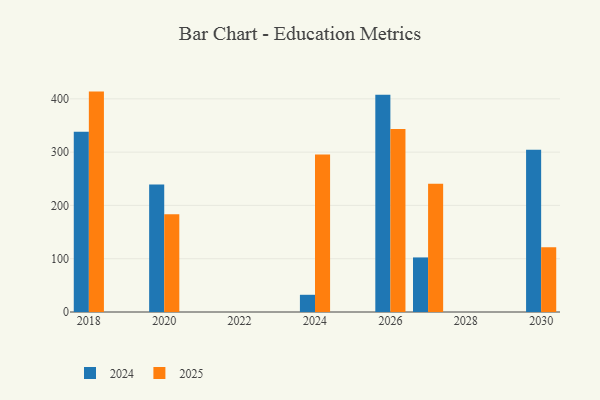
{"axis": {"x": "Year", "y": "Revenue (USD Million)"}, "legend": ["2024", "2025"], "data": [{"x": "2030", "y": 304.7, "type": "2024"}, {"x": "2030", "y": 121.4, "type": "2025"}, {"x": "2020", "y": 239.1, "type": "2024"}, {"x": "2020", "y": 183.4, "type": "2025"}, {"x": "2024", "y": 32.3, "type": "2024"}, {"x": "2024", "y": 295.7, "type": "2025"}, {"x": "2026", "y": 407.8, "type": "2024"}, {"x": "2026", "y": 343.4, "type": "2025"}, {"x": "2027", "y": 102.4, "type": "2024"}, {"x": "2027", "y": 240.6, "type": "2025"}, {"x": "2018", "y": 338.3, "type": "2024"}, {"x": "2018", "y": 413.6, "type": "2025"}]}